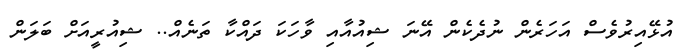
އުޅޭއިރުވެސް އަހަރެން ނުދެކެން އޭނަ ޝިއުއާއި ވާހަކަ ދައްކާ ތަނެއް.. ޝިއުރީއަށް ބަލަން